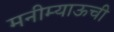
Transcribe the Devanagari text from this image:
मनीम्याऊची